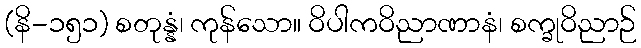
(နိ-၁၅၁) စတုန္နံ၊ ကုန်သော။ ဝိပါကဝိညာဏာနံ၊ စက္ခုဝိညာဉ်